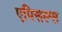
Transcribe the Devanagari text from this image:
एपिसल्स